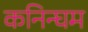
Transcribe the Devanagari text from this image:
कनिन्घम